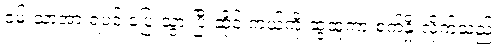
ဝမ်းသာအားရပင် ပြေးသွားပြီးဆိုင် ကယ်ကို ဆွဲထူကာ စက်နှိုးလိုက်သည်။